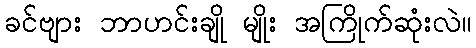
ခင်ဗျား ဘာဟင်းချို မျိုး အကြိုက်ဆုံးလဲ။